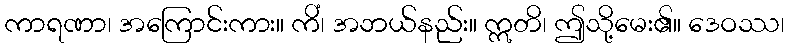
ကာရဏာ၊ အကြောင်းကား။ ကိံ၊ အဘယ်နည်း။ ဣတိ၊ ဤသို့မေး၏။ ဒေဝဿ၊